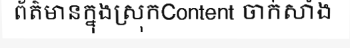
ព័ត៌មានក្នុងស្រុកContent ចាក់សាំង